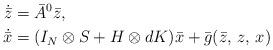
LaTeX: \begin{align*}\dot{\bar z}&=\bar A^0\bar z,\\\dot{\bar x}&=(I_N\otimes S+ H\otimes dK)\bar x+\bar g(\bar z,\,z,\,x)\end{align*}